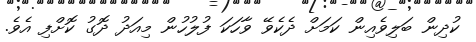
ކުދިން ބަލިވެއިން ކަމަށް ދެކެވޭ ވާހަކަ ފުލުހުން މިއަދު ދޮގު ކޮށްފި އެވެ.